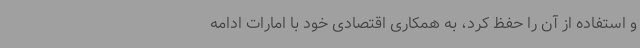
و استفاده از آن را حفظ کرد، به همکاری اقتصادی خود با امارات ادامه